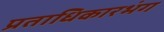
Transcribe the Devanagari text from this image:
प्रताधिकारभंग